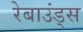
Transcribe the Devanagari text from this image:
रेबाउंड्स